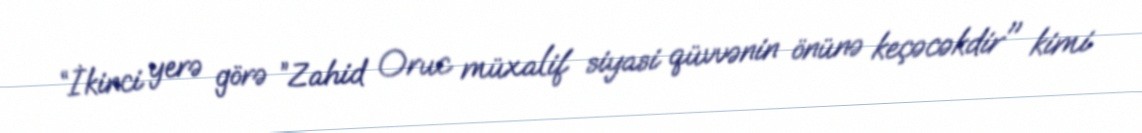
“İkinci yerə görə ”Zahid Oruc müxalif siyasi qüvvənin önünə keçəcəkdir" kimi